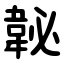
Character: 䪐